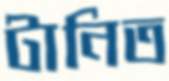
টানিত